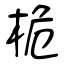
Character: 桅